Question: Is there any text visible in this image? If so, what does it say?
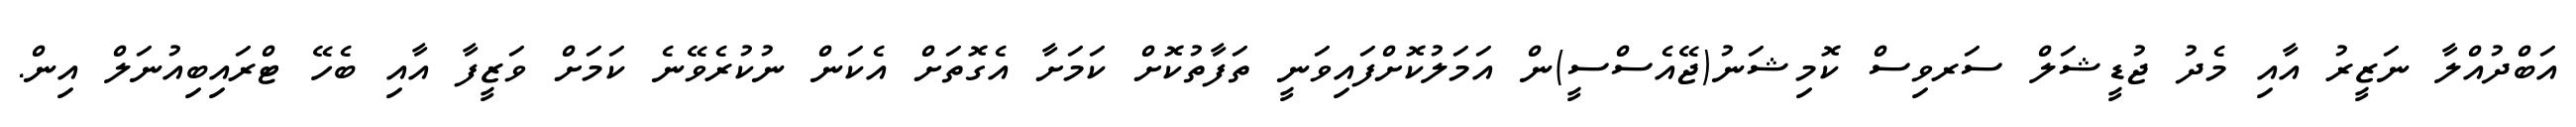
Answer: އަބްދުއްލާ ނަޒީރު އާއި މެދު ޖުޑީޝަލް ސަރވިސް ކޮމިޝަނު(ޖޭއެސްސީ)ން އަމަލުކޮށްފައިވަނީ ތަފާތުކޮށް ކަމަށާ އެގޮތަށް އެކަން ނުކުރެވޭނެ ކަމަށް ވަޒީފާ އާއި ބެހޭ ޓްރައިބިއުނަލް އިން.